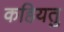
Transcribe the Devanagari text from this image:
कहियतु